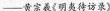
—黄宗羲《明夷待访录》